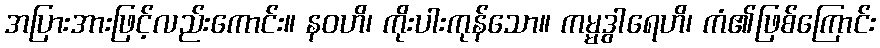
အပြားအားဖြင့်လည်းကောင်း။ နဝဟိ၊ ကိုးပါးကုန်သော။ ကမ္မဒွါရေဟိ၊ ကံ၏ဖြစ်ကြောင်း